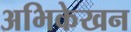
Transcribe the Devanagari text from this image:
अभिकेखन